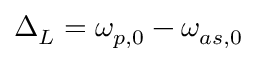
\Delta _ { L } = \omega _ { p , 0 } - \omega _ { a s , 0 }